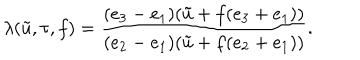
LaTeX: \lambda ( \tilde { u } , \tau , f ) = \frac { ( e _ { 3 } - e _ { 1 } ) ( \tilde { u } + f ( e _ { 3 } + e _ { 1 } ) ) } { ( e _ { 2 } - e _ { 1 } ) ( \tilde { u } + f ( e _ { 2 } + e _ { 1 } ) ) } .